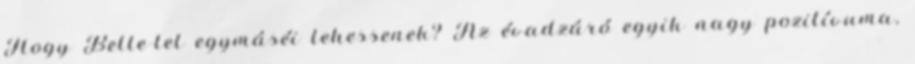
Hogy Belle-lel egymáséi lehessenek? Az évadzáró egyik nagy pozitívuma,